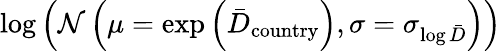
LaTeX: \log\left(\mathcal{N}\left(\mu=\exp\left(\bar{D}_{\mathrm{country}}\right),\sigma=\sigma_{\log\bar{D}}\right)\right)